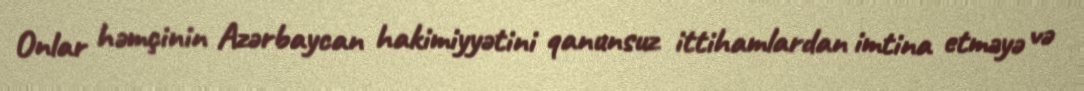
Onlar həmçinin Azərbaycan hakimiyyətini qanunsuz ittihamlardan imtina etməyə və